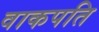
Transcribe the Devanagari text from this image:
वाकपति